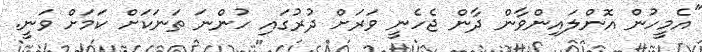
"އެމީހުން އޮންލައިންވާން ދާން ޖެހެނީ ވަރަށް ދުރުގައި ހުންނަ ތަނަކަށް ކަމަށް ވަނީ.